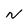
Character: N